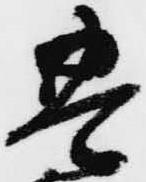
豊